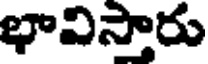
భావిస్తారు